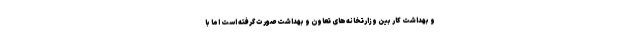
و بهداشت کار بین وزارتخانه‌های تعاون و بهداشت صورت گرفته است اما با